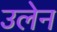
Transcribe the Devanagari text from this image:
उलेन